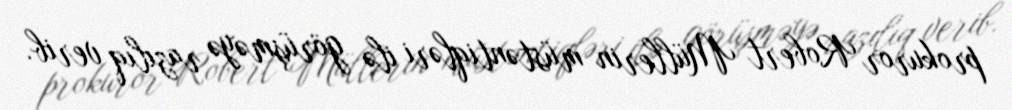
prokuror Robert Müllerin müstəntiqləri ilə görüşməyə razılıq verib.